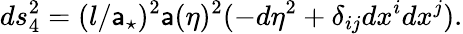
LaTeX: ds_{4}^{2}=(l/\mathsf{a}_{\star})^{2}\mathsf{a}(\eta)^{2}(-d\eta^{2}+\delta_{ij}dx^{i}dx^{j}).